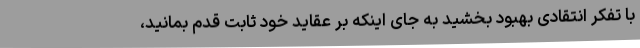
با تفکر انتقادی بهبود بخشید به جای اینکه بر عقاید خود ثابت قدم بمانید،